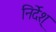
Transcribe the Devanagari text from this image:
निर्देश्